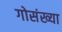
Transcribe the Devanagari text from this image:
गोसंख्या